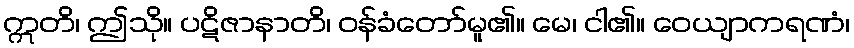
ဣတိ၊ ဤသို။ ပဋိဇာနာတိ၊ ဝန်ခံတော်မူ၏။ မေ၊ ငါ၏။ ဝေယျာကရဏံ၊